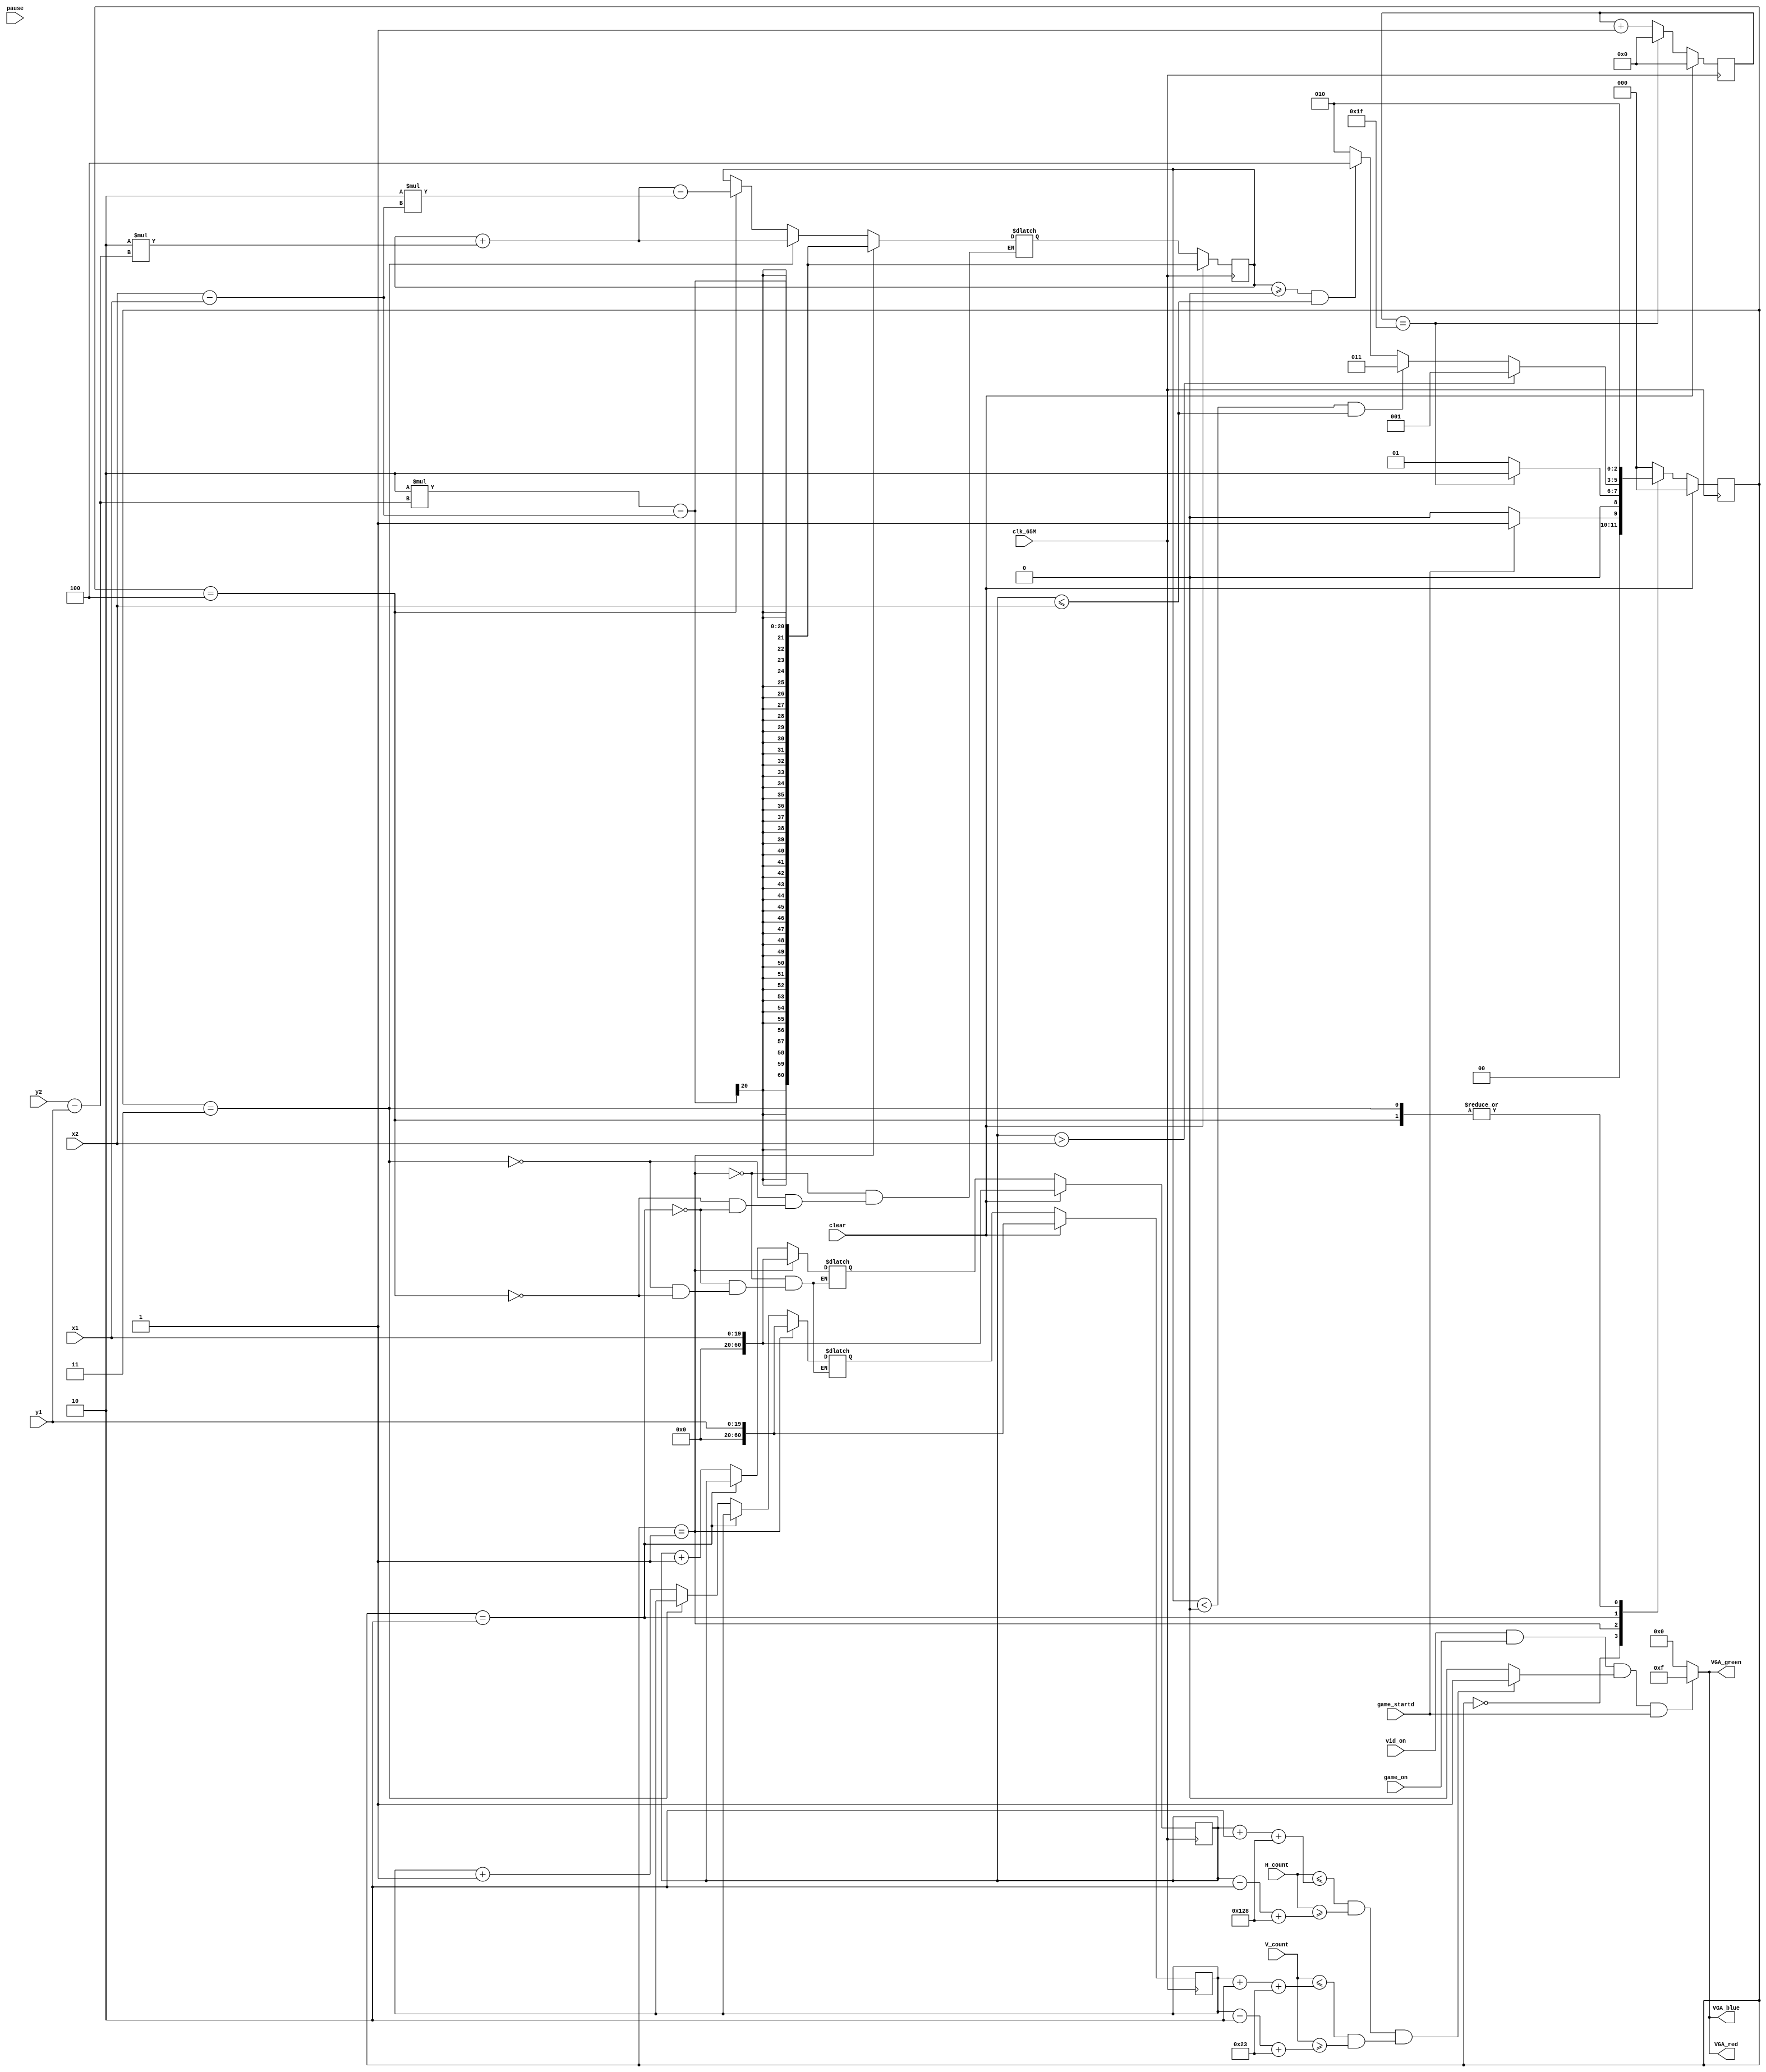
`timescale 1ns / 1ps
//////////////////////////////////////////////////////////////////////////////////
// Company: 
// Engineer: 
// 
// Design Name: 
// Module Name: vga_game
// Project Name: 
// Target Devices: 
// Tool Versions: 
// Description: 
// 
// Dependencies: 
// 
// Revision:
// Revision 0.01 - File Created
// Additional Comments:
// 
//////////////////////////////////////////////////////////////////////////////////


module vga_game(
    input pause,
    input [19:0] x2,
    input [19:0] y1,
    input [19:0] y2,
    input [19:0] x1,
    input clk_65M,
    input clear,
    input vid_on,
    input game_on,
    input game_startd,
    input [16:0] H_count,
    input [16:0] V_count,
    output reg [3:0] VGA_red,
    output reg [3:0] VGA_green,
    output reg [3:0] VGA_blue
    );
    
    parameter HPIXELS=1344; //PIXELS IN HORIZONTAL LINE
    parameter VLINES=806; //PIXELS IN VERTICAL LINE
    parameter HBP=296; //AT WHICH BACK PORCH ENDS
    parameter HFP=1320; //AT WHICH DISPLAY ENDS AND FRONT PORCH STARTS
    parameter VBP=35;
    parameter VFP=803;
    parameter HSP=136;
    parameter VSP=6;
    parameter HSCREEN=1024;
    parameter VSCREEN=768;
    
    
    wire [20:0] delta_x,delta_y;
    wire signed [20:0]p1;
    
    reg signed [60:0] p_reg;
    reg signed [60:0] p_next;
    reg [60:0] x_reg,x_next,
    y_reg,y_next,count,count_next;
    
    assign delta_x=x2-x1;
    assign delta_y=y2-y1;
    assign p1 = 2*delta_y - delta_x;  
    
    reg [2:0] ps; 
    reg [2:0] ns;
    parameter reset=3'b000;
    parameter start=3'b001;
    parameter check=3'b010;
    parameter c1=3'b011;
    parameter c2=3'b100;
    //////////////////////////////////////////////////////////////////////////
    reg line_on;
    
    
    always @(*)
    begin
        if(((H_count<= x_reg + 2 + HBP)&&(H_count>= x_reg - 2 + HBP)) && ((V_count<= y_reg + 2 + VBP) &&(V_count >= y_reg - 2 + VBP)))
        line_on=1;
        else
        line_on=0;
    end
  
  ///////////////////////////////////////////////////////////////////////////  
   
    always @ (posedge clk_65M)
    begin
    if (clear)
    ps <= reset;
    else
    ps <= ns;
    end
    
    always @(*)
    begin
    ns=ps;
    case (ps)
  
    reset: 
    
    if (game_startd)
    ns<=start;
    else 
    ns<=reset;
    
    start :
    
    if (count==5'd31)
    ns<= check;
    else
    ns<=start;
    
    check:
    
    if (x_reg > x2)
    ns<=start;
    else if ((p_reg <0) && (x_reg <=x2))
    ns <= c1;
    else if ((p_reg >=0) && (x_reg <=x2))
    ns<= c2;
    else 
    ns<= check;
    
    
    c1:
    ns<=check;
    
    
    c2:
    ns<= check;
    
    default:
    ns<=reset;
    
    endcase
    end

    ///////////////////////////////////////////////////////////////////
    
    always @ (posedge clk_65M)
    begin
    count <=count_next;
    end
    
    always @(*)
    begin
    count_next=count;
    if (clear)
    count_next<=0;
    else if (count == 5'd31)
    count_next <= 0;
    else
    count_next <=count+ 1;
    end
    
  
    always @(posedge clk_65M)
    begin
    if (clear )
    begin
    x_reg <= x1;
    y_reg <= y1;
    end
   
    else 
    begin
    x_reg <= x_next;
    y_reg <= y_next;
    end
    
    end
    
    always @(*)
    begin
    
     if (ps == (reset || start))
     begin
     x_next <= x1;
     y_next <=  y1;
     end
     
     else if (ps == check)
     begin
     x_next <= x_reg ;
     y_next <= y_reg ;
     end
     
     else if (ps == c1)
     begin
     x_next <= x_reg + 20'd1;
     y_next <= y_reg ;
     end
     
     else if (ps == c2 )
     begin
     x_next <= x_reg + 20'd1;
     y_next <= y_reg + 20'd1 ;
     end
     
     end
     ////////////////////////////////////////////////////////////////////////////
     
     always @ (posedge clk_65M)
     begin
     if (clear)
     p_reg <=p1;
     else
     p_reg <= p_next;
     end
     
     
     always @(*)
     begin
 
    if (ps == (reset || start))
    p_next<=p1;
    
    else if (ps==c1)
    p_next <= p_reg + 20'd2*delta_y;
     
     else if (ps==c2)
    p_next <= p_reg + 20'd2*delta_y - 20'd2*delta_x ;
    
    
    else if (ps== check)
    p_next <= p_reg ;
    
    end
    
  
 //////color////

always @(*)
    begin
        VGA_red=4'b0000;
        VGA_green=4'b0000;
        VGA_blue=4'b0000;
         
    if(vid_on==1 && game_on==1 && line_on && game_startd)
        begin
            VGA_red=4'b1111;
            VGA_green=4'b1111;
            VGA_blue=4'b1111;
        end
       
         
       else if (vid_on==1 && game_on==1)
        begin
            VGA_red=4'b0000;
            VGA_green=4'b0000;
            VGA_blue=4'b0000;
        end
         
     
  end
        
endmodule